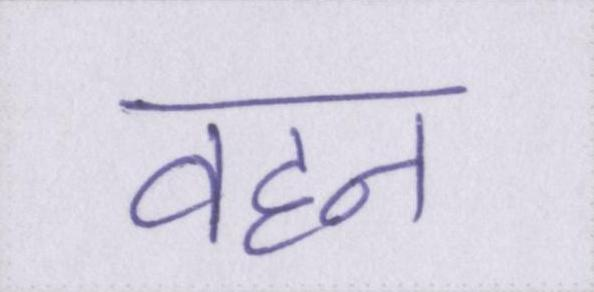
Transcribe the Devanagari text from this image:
वहन